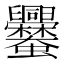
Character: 𧖥